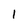
Character: l